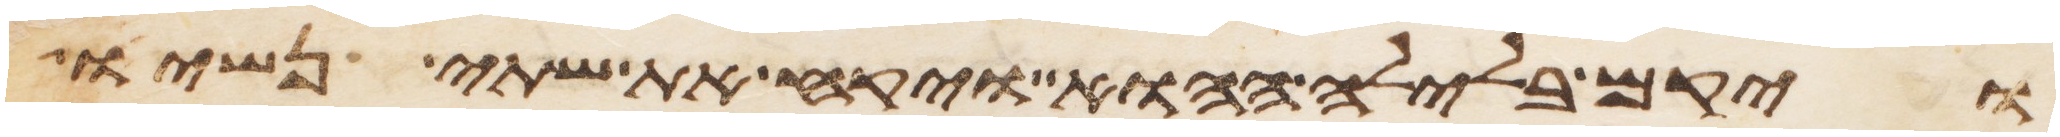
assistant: ויקם בלילה ההוא ויקח את שתי נשיו